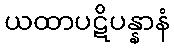
ယထာပဋိပန္နာနံ